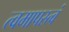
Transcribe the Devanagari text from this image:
त्वमापस्त्वं